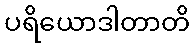
ပရိယောဒါတာတိ